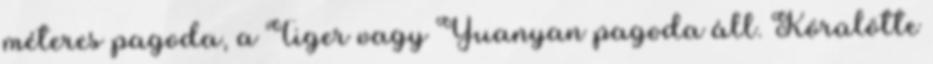
méteres pagoda, a Tiger vagy Yuanyan pagoda áll. Körülötte